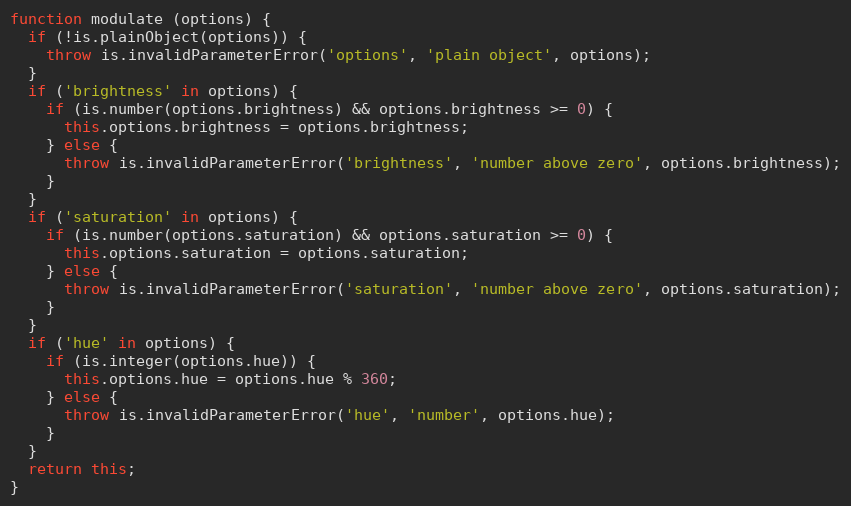
Language: JavaScript
function modulate (options) {
  if (!is.plainObject(options)) {
    throw is.invalidParameterError('options', 'plain object', options);
  }
  if ('brightness' in options) {
    if (is.number(options.brightness) && options.brightness >= 0) {
      this.options.brightness = options.brightness;
    } else {
      throw is.invalidParameterError('brightness', 'number above zero', options.brightness);
    }
  }
  if ('saturation' in options) {
    if (is.number(options.saturation) && options.saturation >= 0) {
      this.options.saturation = options.saturation;
    } else {
      throw is.invalidParameterError('saturation', 'number above zero', options.saturation);
    }
  }
  if ('hue' in options) {
    if (is.integer(options.hue)) {
      this.options.hue = options.hue % 360;
    } else {
      throw is.invalidParameterError('hue', 'number', options.hue);
    }
  }
  return this;
}